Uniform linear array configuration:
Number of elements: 4
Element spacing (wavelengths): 0.75
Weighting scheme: blackman
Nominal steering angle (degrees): -15
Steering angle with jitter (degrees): -13.463
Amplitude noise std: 0.05
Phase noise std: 0.05

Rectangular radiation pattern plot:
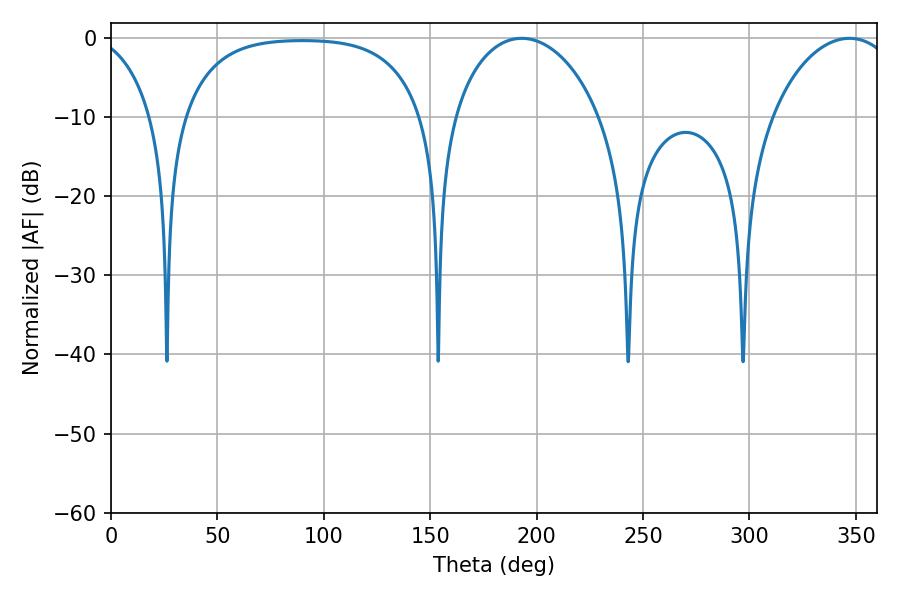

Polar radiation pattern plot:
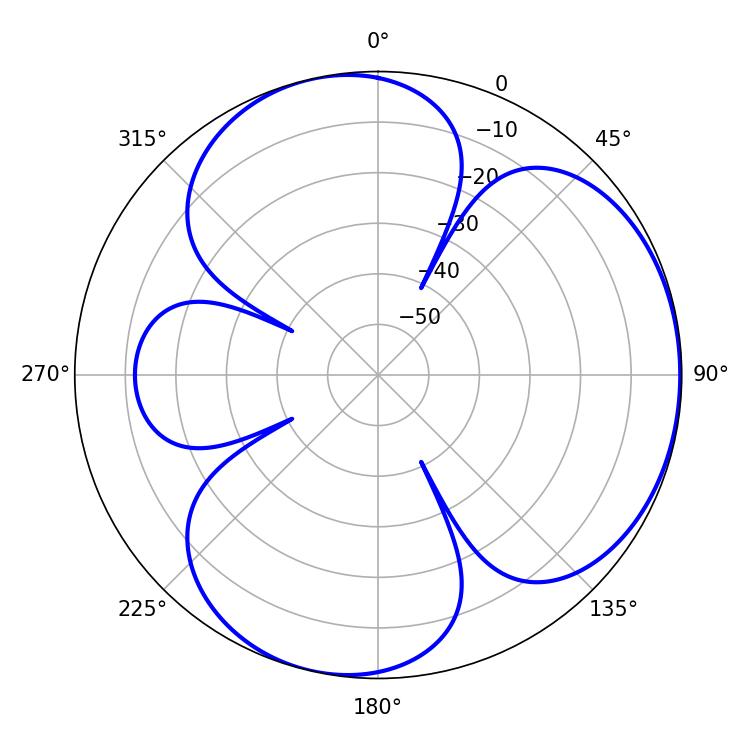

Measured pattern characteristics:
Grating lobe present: TRUE
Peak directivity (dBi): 4.141
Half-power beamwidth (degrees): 39.96
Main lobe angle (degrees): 192.96